Elephants and their diseases
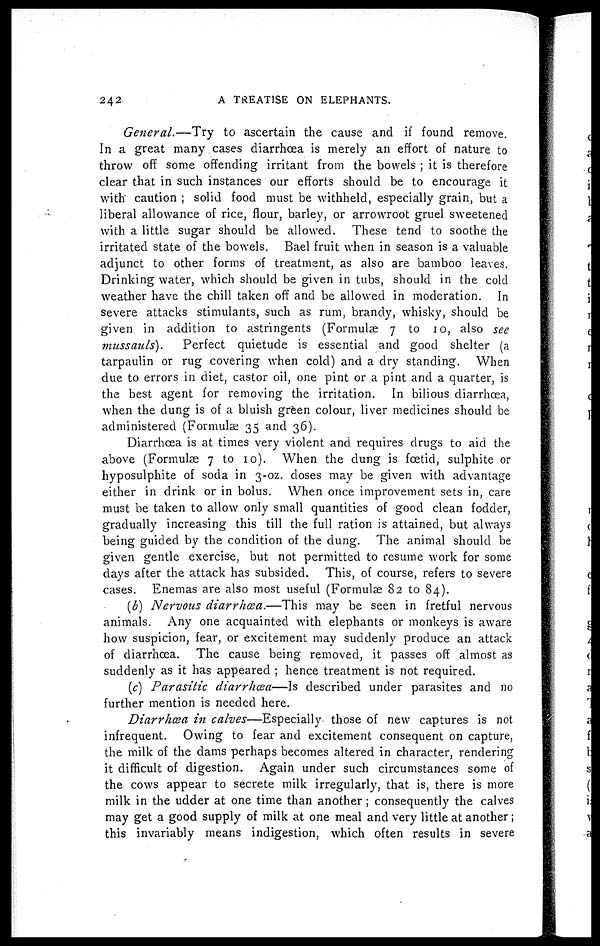
242
A TREATISE ON ELEPHANTS.
General.—Try
to ascertain the cause and if found remove.
In a great many cases diarrhœa is merely an effort of nature to
throw off some offending irritant from the bowels ; it is therefore
clear that in such instances our efforts should be to encourage it
with caution ; solid food must be withheld, especially grain, but a
liberal allowance of rice, flour, barley, or arrowroot gruel sweetened
with a little sugar should be allowed. These tend to soothe the
irritated state of the bowels. Bael fruit when in season is a valuable
adjunct to other forms of treatment, as also are bamboo leaves.
Drinking water, which should be given in tubs, should in the cold
weather have the chill taken off and be allowed in moderation. In
severe attacks stimulants, such as rum, brandy, whisky, should be
given in addition to astringents (Formulae 7 to 10, also see
mussauls).
Perfect quietude is essential and good shelter (a
tarpaulin or rug covering when cold) and a dry standing. When
due to errors in diet, castor oil, one pint or a pint and a quarter, is
the best agent for removing the irritation. In bilious diarrhoea,
when the dung is of a bluish green colour, liver medicines should be
administered (Formulae 35 and 36).
Diarrhoea is at times very violent and requires drugs to aid the
above (Formulae 7 to 10). When the dung is foetid, sulphite or
hyposulphite of soda in 3-oz. doses may be given with advantage
either in drink or in bolus. When once improvement sets in, care
must be taken to allow only small quantities of good clean fodder,
gradually increasing this till the full ration is attained, but always
being guided by the condition of the dung. The animal should be
given gentle exercise, but not permitted to resume work for some
clays after the attack has subsided. This, of course, refers to severe
cases. Enemas are also most useful (Formulas 82 to 84).
(b) Nervous diarrhœa.—This
may be seen in fretful nervous
animals. Any one acquainted with elephants or monkeys is aware
how suspicion, fear, or excitement may suddenly produce an attack
of diarrhoea. The cause being removed, it passes off almost as
suddenly as it has appeared ; hence treatment is not required.
(c) Parasitic diarrhœa—Is described under parasites and no
further mention is needed here.
Diarrhoea in calves—Especially
those of new captures is not
infrequent. Owing to fear and excitement consequent on capture,
the milk of the dams perhaps becomes altered in character, rendering
it difficult of digestion. Again under such circumstances some of
the cows appear to secrete milk irregularly, that is, there is more
milk in the udder at one time than another ; consequently the calves
may get a good supply of milk at one meal and very little at another ;
this invariably means indigestion, which often results in severe